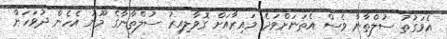
އެވަގުތު ސުލްތާނާ ވެސް އެތަނަށްވަދެ މައިރާއަށް ގޮވާލިއިރު ސުލްތާނާގެ މޫނު އެހެން ދުވަހަށް